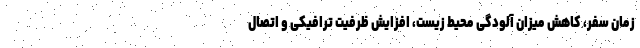
زمان سفر، کاهش میزان آلودگی محیط زیست، افزایش ظرفیت ترافیکی و اتصال